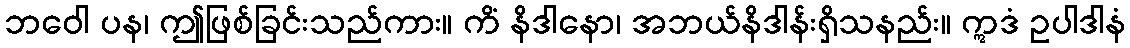
ဘဝေါ ပန၊ ဤဖြစ်ခြင်းသည်ကား။ ကိံ နိဒါနော၊ အဘယ်နိဒါန်းရှိသနည်း။ ဣဒံ ဥပါဒါနံ